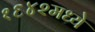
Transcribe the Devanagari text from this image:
१६४२मध्ये